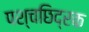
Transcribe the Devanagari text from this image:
पश्चछिद्रक